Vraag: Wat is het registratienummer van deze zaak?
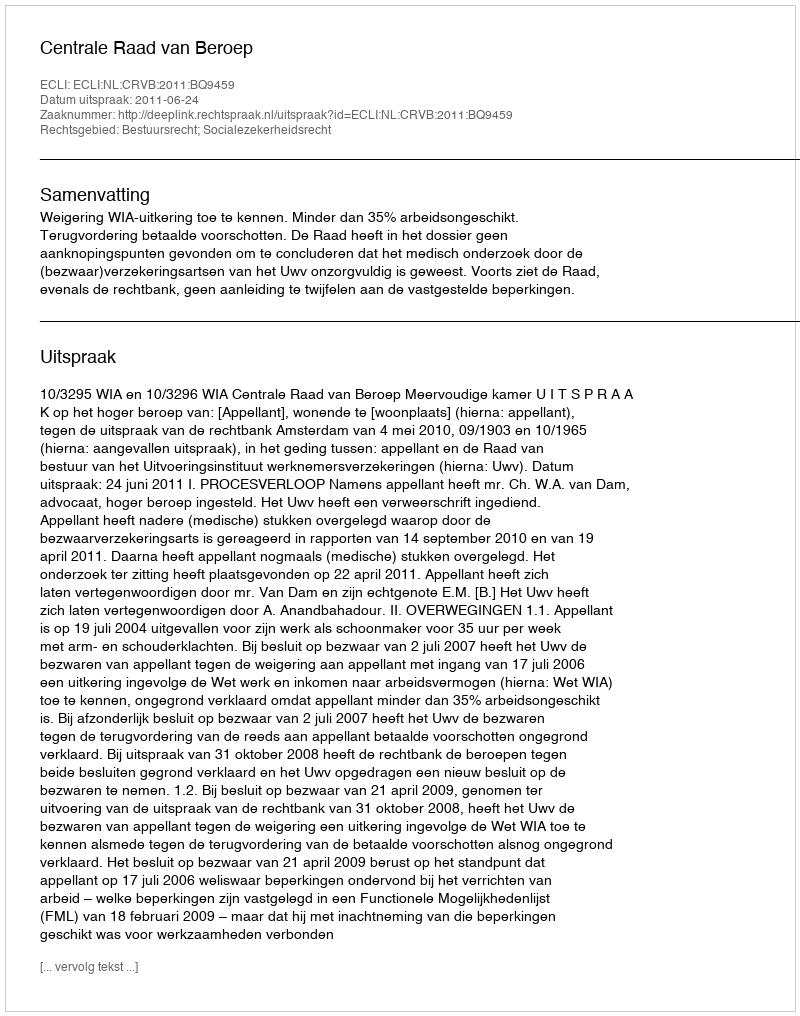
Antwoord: http://deeplink.rechtspraak.nl/uitspraak?id=ECLI:NL:CRVB:2011:BQ9459